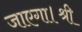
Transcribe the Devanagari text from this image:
जाएगा।श्री